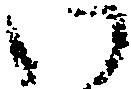
い